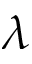
\boldsymbol { \lambda }